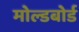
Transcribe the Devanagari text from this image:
मोल्डबोर्ड